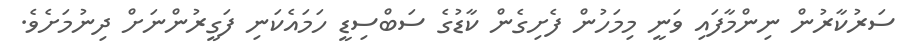
ސަރުކާރުން ނިންމާފައި ވަނީ މިމަހުން ފެށިގެން ކާޑުގެ ސަބްސިޑީ ހަމައެކަނި ފަގީރުންނަށް ދިނުމަށެވެ.